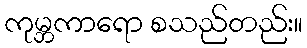
ကုမ္ဘကာရော စသည်တည်း။